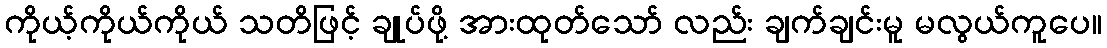
ကိုယ့်ကိုယ်ကိုယ် သတိဖြင့် ချုပ်ဖို့ အားထုတ်သော် လည်း ချက်ချင်းမူ မလွယ်ကူပေ။